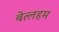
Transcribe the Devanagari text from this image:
बेत्लहम